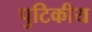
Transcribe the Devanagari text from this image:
पुटिकीय